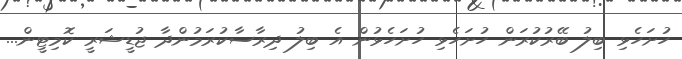
ހުށަހެޅި ބިލު ބޭރުކުރަން ހުށަހެޅި ހުށަހެޅުން އެ ބިލު ދިރާސާކުރަމުންދާ ޖުޑީޝަރީ ކޮމިޓީން...